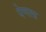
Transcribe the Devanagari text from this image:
पेणला